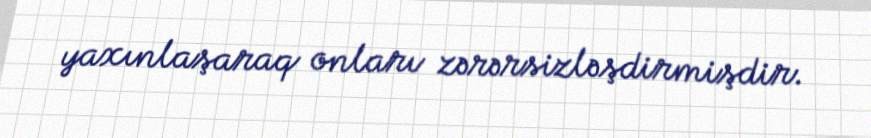
yaxınlaşaraq onları zərərsizləşdirmişdir.